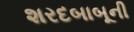
શરદબાબૂની